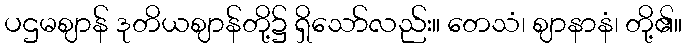
ပဌမဈာန် ဒုတိယဈာန်တို့၌ ရှိသော်လည်း။ တေသံ၊ ဈာနာနံ၊ တို့၏။